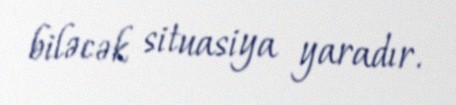
biləcək situasiya yaradır.